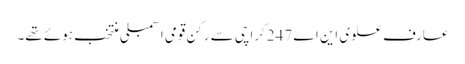
عارف علوی این اے 247کراچی سے رکن قومی اسمبلی منتخب ہوئے تھے۔